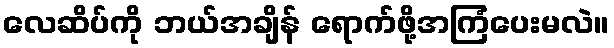
လေဆိပ်ကို ဘယ်အချိန် ရောက်ဖို့အကြံပေးမလဲ။